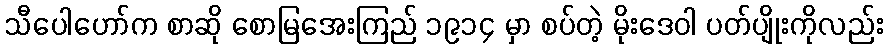
သီပေါဟော်က စာဆို စောမြအေးကြည် ၁၉၁၄ မှာ စပ်တဲ့ မိုးဒေဝါ ပတ်ပျိုးကိုလည်း